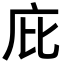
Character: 庇